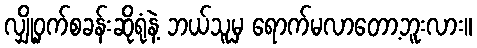
လျှို့ဝှက်စခန်းဆိုရုံနဲ့ ဘယ်သူမှ ရောက်မလာတော့ဘူးလား။